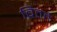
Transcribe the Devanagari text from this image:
बितते